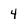
Character: 4